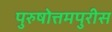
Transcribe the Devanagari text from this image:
पुरुषोत्तमपुरीस